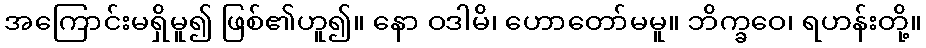
အကြောင်းမရှိမူ၍ ဖြစ်၏ဟူ၍။ နော ဝဒါမိ၊ ဟောတော်မမူ။ ဘိက္ခဝေ၊ ရဟန်းတို့။